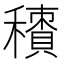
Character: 𥢼